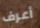
أعرف